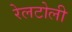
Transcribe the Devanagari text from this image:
रेलटोली